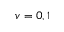
v = 0 , 1